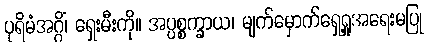
ပုရိမံအဂ္ဂိံ၊ ရှေးမီးကို။ အပ္ပစ္စက္ခာယ၊ မျက်မှောက်ရှေ့ရှုအရေးမပြု